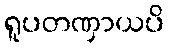
ရူပတဏှာယပိ